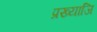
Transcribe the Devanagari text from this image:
प्रख्याजि